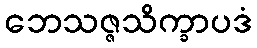
ဘေသဇ္ဇသိက္ခာပဒံ